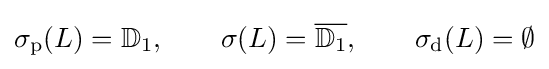
\sigma _{\mathrm {p} }(L)=\mathbb {D} _{1},\qquad \sigma (L)={\overline {\mathbb {D} _{1}}},\qquad \sigma _{\mathrm {d} }(L)=\emptyset